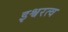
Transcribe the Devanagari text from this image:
इश्वरत्व